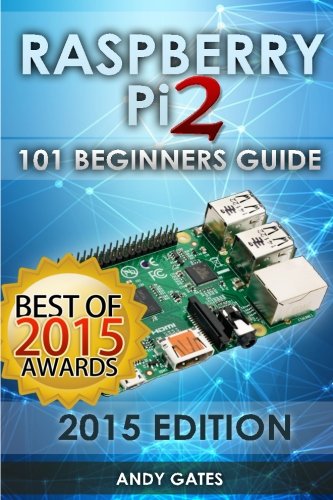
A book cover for Raspberry Pi 2: 101 Beginners Guide: The Definitive Step by Step guide for what you need to know to get started; Andy Gates; Computers & Technology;